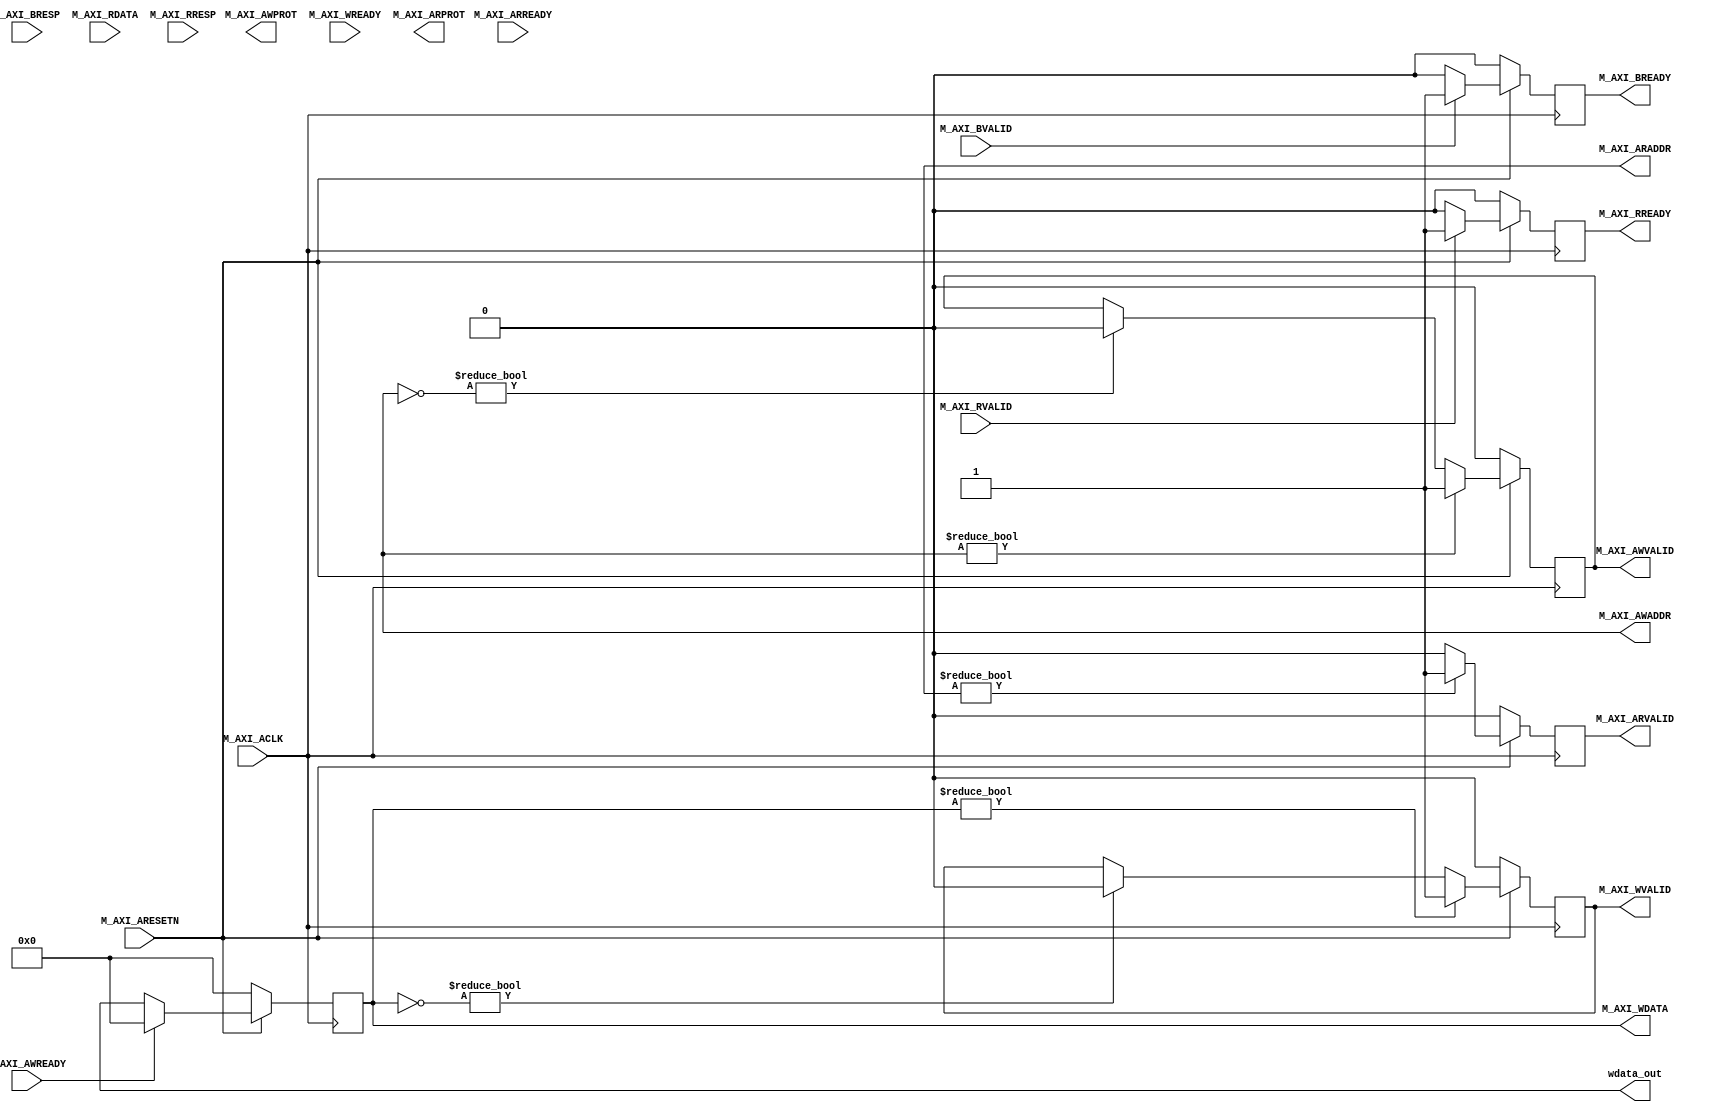
`timescale 1 ns / 1 ps
module Master_AXI4Lite #
	(
	parameter integer C_M_AXI_DATA_WIDTH	= 32,
    parameter integer C_M_AXI_ADDR_WIDTH    = 4
    )
    (	
input wire M_AXI_ACLK,
input wire M_AXI_ARESETN,
//    
output wire [C_M_AXI_ADDR_WIDTH-1 : 0] M_AXI_AWADDR,
output wire [2 : 0] M_AXI_AWPROT,
output wire M_AXI_AWVALID,
input wire M_AXI_AWREADY,
//  
output wire [C_M_AXI_DATA_WIDTH-1 : 0] M_AXI_WDATA,
output wire M_AXI_WVALID,
input wire M_AXI_WREADY,
//   
input wire [1 : 0] M_AXI_BRESP,
input wire M_AXI_BVALID,
output wire M_AXI_BREADY,
//  
output wire [C_M_AXI_ADDR_WIDTH-1 : 0] M_AXI_ARADDR,
output wire [2 : 0] M_AXI_ARPROT,
output wire M_AXI_ARVALID,
input wire M_AXI_ARREADY,
//  
input wire [C_M_AXI_DATA_WIDTH-1 : 0] M_AXI_RDATA,
input wire [1 : 0] M_AXI_RRESP,
input wire M_AXI_RVALID,
output wire M_AXI_RREADY,
//  
output wire [C_M_AXI_DATA_WIDTH-1 : 0] wdata_out
);

reg [C_M_AXI_ADDR_WIDTH-1 : 0] 	axi_awaddr;
reg axi_awvalid;
reg [C_M_AXI_DATA_WIDTH-1 : 0] axi_wdata;
reg axi_wvalid;
reg axi_bready;
reg [C_M_AXI_ADDR_WIDTH-1 : 0] 	axi_araddr;
reg axi_arvalid;
reg axi_rready;

assign M_AXI_AWVALID = axi_awvalid;
assign M_AXI_WDATA = axi_wdata;
assign M_AXI_WVALID = axi_wvalid;
assign M_AXI_BREADY	= axi_bready;
assign M_AXI_ARVALID = axi_arvalid;
assign M_AXI_RREADY	= axi_rready;
 
// AWVALID
always @( posedge M_AXI_ACLK )
	begin
	  if ( M_AXI_ARESETN == 1'b0 )
	    begin
	      axi_awvalid <= 1'b0;
	    end 
	  else 
	    begin 
	      if (M_AXI_AWADDR)
	      axi_awvalid <= 1'b1;
	      else if (~M_AXI_AWADDR)
	           begin
	           axi_awvalid <= 1'b0;
	           end
        end 
	 end  
	     
// AWADDR
always @( posedge M_AXI_ACLK )
	begin
	if ( M_AXI_ARESETN == 1'b0 )
	    begin
	      axi_awaddr <= 0;
	    end 
    else 
        begin
          axi_awaddr <= M_AXI_AWADDR;
        end
    end

// WDATA
always @( posedge M_AXI_ACLK )
	begin
	if ( M_AXI_ARESETN == 1'b0 )
	    begin
	      axi_wdata <= 0;
	    end 
    else 
        begin
         if (~M_AXI_AWREADY)
          axi_wdata <= wdata_out;
         else 
            axi_wdata <= 0;
        end
    end
    
// WVALID    
always @( posedge M_AXI_ACLK )
	begin
	  if ( M_AXI_ARESETN == 1'b0 )
	    begin
	      axi_wvalid <= 1'b0;
	    end 
	  else 
	    begin 
	      if (M_AXI_WDATA)
	               axi_wvalid <= 1'b1;
	      else 
	        if (~M_AXI_WDATA)
	           begin
	               axi_wvalid <= 1'b0;
	           end
        end 
	 end   
// BREADY
always @( posedge M_AXI_ACLK )
	begin
	  if ( M_AXI_ARESETN == 1'b0 )
	    begin
	      axi_bready <= 1'b0;
	    end 
	  else
	    begin    
	      if (M_AXI_BVALID)
	        begin
	          axi_bready <= 1'b1;
	        end
	      else           
	        begin
	          axi_bready <= 1'b0;
	        end
	    end 
	end
// ARVALID
always @( posedge M_AXI_ACLK )
	begin
	  if ( M_AXI_ARESETN == 1'b0 )
	    begin
	      axi_arvalid <= 0;
	    end 
	  else 
	    begin 
	        if (M_AXI_ARADDR)
	          axi_arvalid <= 1'b1;
	      else
	        begin
	          axi_arvalid <= 1'b0;
	        end
        end 
	 end  
	     
// ARADDR
always @( posedge M_AXI_ACLK )
	begin
	if ( M_AXI_ARESETN == 1'b0 )
	    begin
	      axi_araddr <= 0;
	    end 
    else 
        begin
          axi_araddr <= M_AXI_ARADDR;
        end
    end

// RREADY
always @( posedge M_AXI_ACLK )
	begin
	  if ( M_AXI_ARESETN == 1'b0 )
	    begin
	      axi_rready <= 1'b0;
	    end 
	  else
	    begin    
	      if (M_AXI_RVALID)
	        begin
	          axi_rready <= 1'b1;
	        end
	      else           
	        begin
	          axi_rready <= 1'b0;
	        end
	    end 
	end
   
endmodule